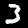
Digit: 3